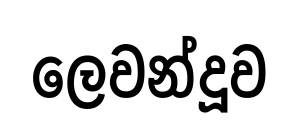
ලෙවන්දූව